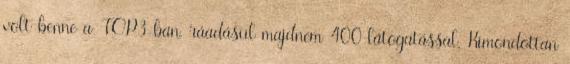
volt benne a TOP3-ban, ráadásul majdnem 400 látogatással. Kimondottan